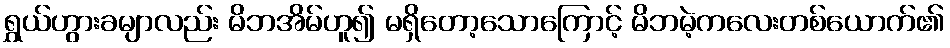
ရွှယ်ဟွားခမျာလည်း မိဘအိမ်ဟူ၍ မရှိတော့သောကြောင့် မိဘမဲ့ကလေးတစ်ယောက်၏